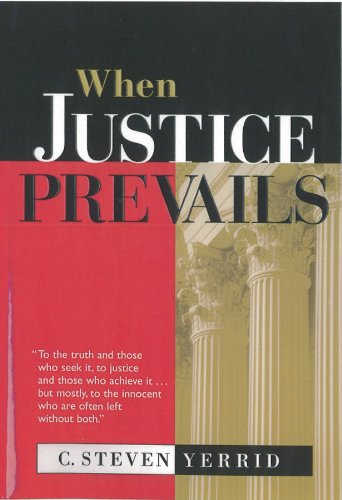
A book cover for When Justice Prevails; C. Steven Yerrid; Law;